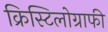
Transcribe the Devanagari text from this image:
क्रिस्टिलोग्राफी